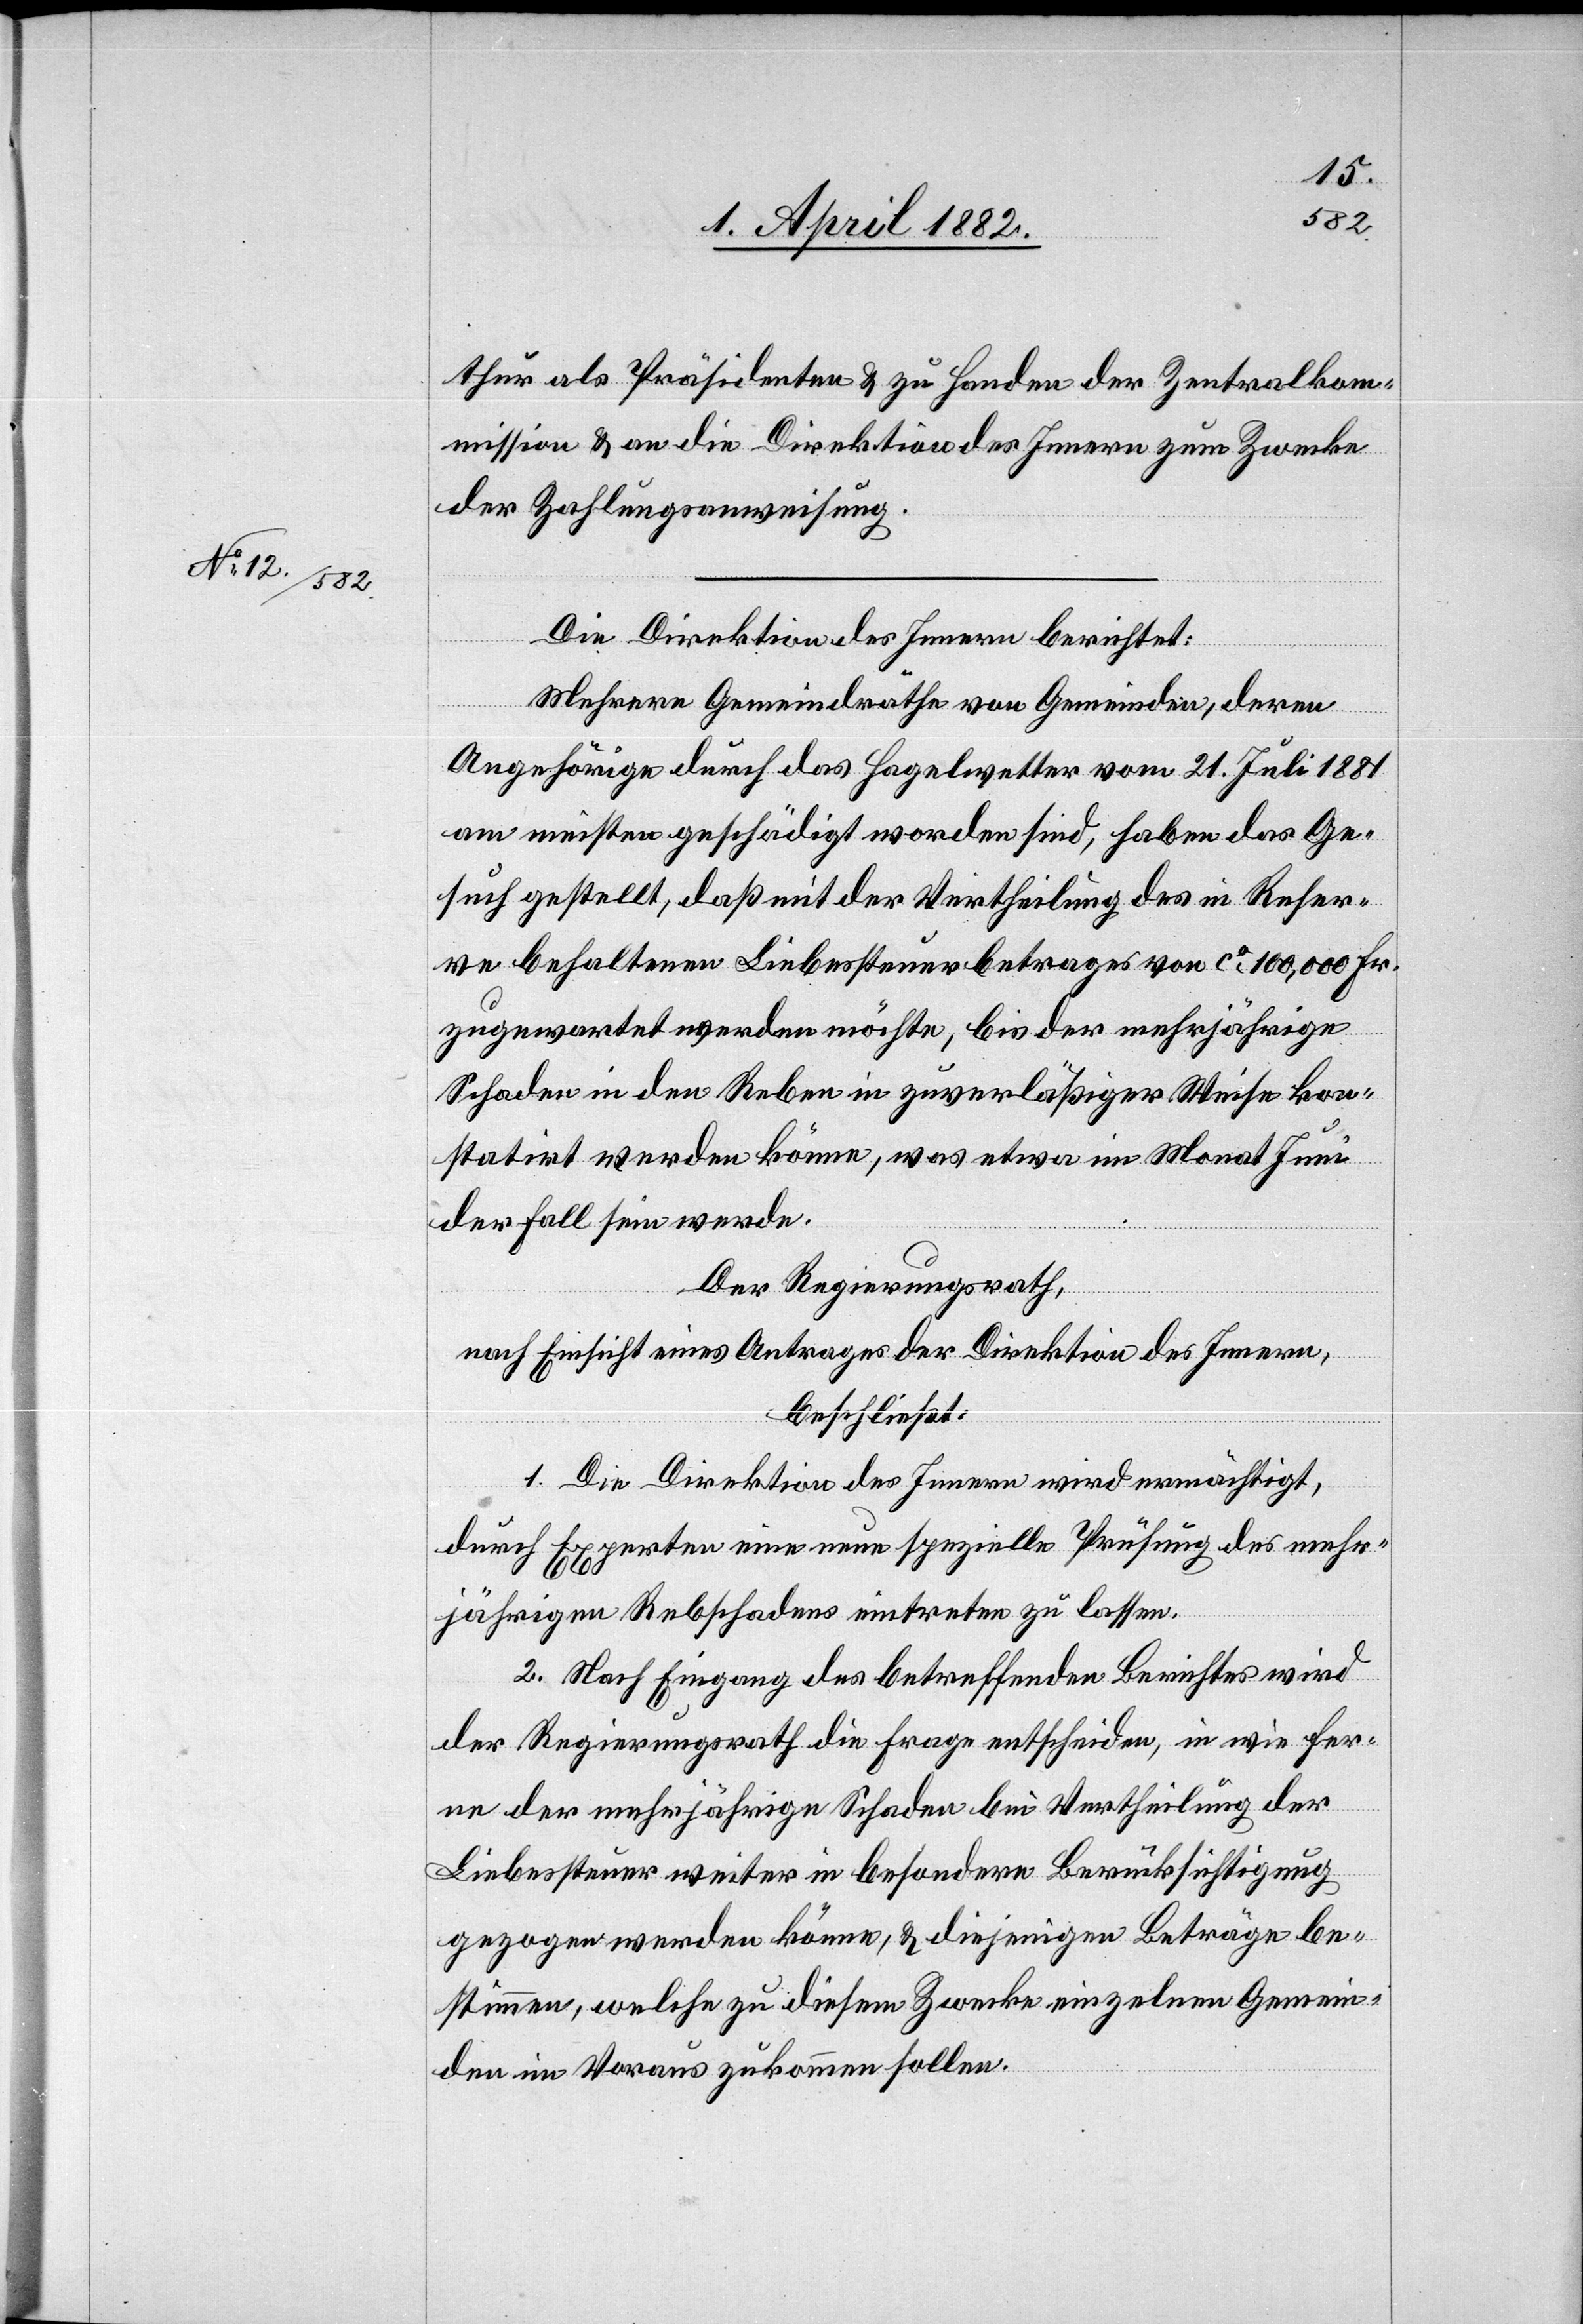
thur als Präsidenten & zu Handen der Zentralko¬
mmission & an die Direktion des Innern zum Zwecke
der Zahlungsanweisung.
Die Direktion des Innern berichtet:
Mehrere Gemeindräthe von Gemeinden, deren
Angehörige durch das Hagelwetter vom 21. Juli 1881
am meisten geschädigt worden sind, haben das Ge¬
such gestellt, daß mit der Vertheilung des in Reser¬
ve behaltenen Liebessteuerbetrages von ca 100,000 Fr.
zugewartet werden möchte, bis der mehrjährige
Schaden in den Reben in zuverläßiger Weise kon¬
statirt werden könne, was etwa im Monat Juni
der Fall sein werde.
Der Regierungsrath,
nach Einsicht eines Antrages der Direktion des Innern,
beschließt:
1. Die Direktion des Innern wird ermächtigt,
durch Experten eine neue spezielle Prüfung des mehr¬
jährigen Rebschadens eintreten zu lassen.
2. Nach Eingang des betreffenden Berichtes wird
der Regierungsrath die Frage entscheiden, in wie fer¬
ne der mehrjährige Schaden bei Vertheilung der
Liebessteuer weiter in besondere Berücksichtigung
gezogen werden könne, & diejenigen Beträge be¬
stimmen, welche zu diesem Zwecke einzelnen Gemein¬
den im Voraus zukommen sollen.